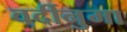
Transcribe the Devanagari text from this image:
वर्दीनुमा